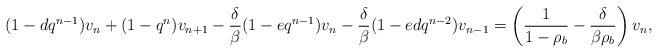
\begin{align*} (1-d q^{n-1}) v_n+ (1-q^n) v_{n+1} - \frac{\delta}{\beta} (1-e q^{n-1}) v_n -\frac{\delta}{\beta} (1-edq^{n-2})v_{n-1} = \left( \frac{1}{1-\rho_b} -\frac{\delta}{\beta\rho_b}\right) v_n, \end{align*}